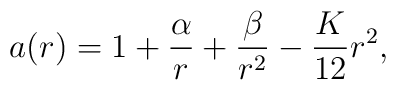
a(r)=1+\frac{\alpha}{r}+\frac{\beta}{r^2}-\frac{K}{12}r^2,